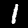
Digit: 1